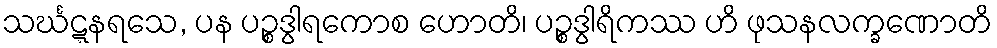
သင်္ဃဋ္ဋနရသေ, ပန ပဉ္စဒွါရကောစ ဟောတိ၊ ပဉ္စဒွါရိကဿ ဟိ ဖုသနလက္ခဏောတိ